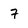
Character: 7